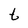
Character: t